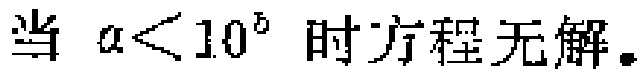
当 \(a<10^{5}\) 时方程无解。